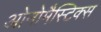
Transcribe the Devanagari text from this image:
ओनोमैस्टिक्स